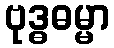
ဗုဒ္ဓဓမ္မာ